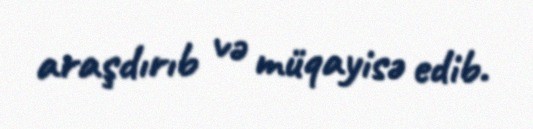
araşdırıb və müqayisə edib.